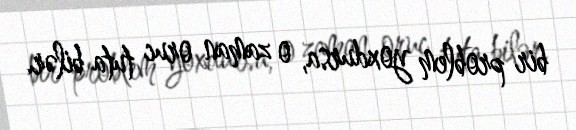
bir problem yoxdursa, o zaman oruc tuta bilər.